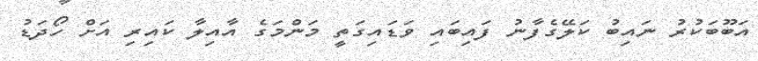
އަބޫބަކުރު ނައިބު ކަލޭގެފާނު ފައިބައި ވަޑައިގަތީ މަންމަގެ އާއިލާ ކައިރި އަށް ހޯދަޑު